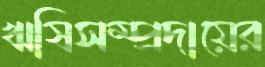
ঋষিসম্প্রদায়ের